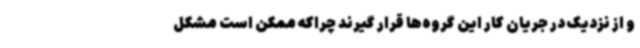
و از نزدیک در جریان کار این گروه‌ها قرار گیرند چراکه ممکن است مشکل